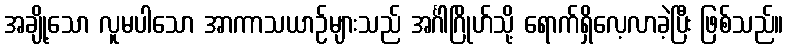
အချို့သော လူမပါသော အာကာသယာဉ်များသည် အင်္ဂါဂြိုဟ်သို့ ရောက်ရှိလေ့လာခဲ့ပြီး ဖြစ်သည်။